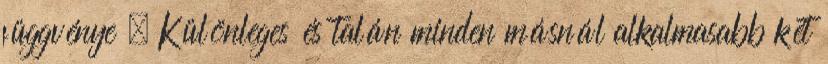
függvénye . Különleges és talán minden másnál alkalmasabb két